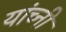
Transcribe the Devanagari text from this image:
यांच्नी